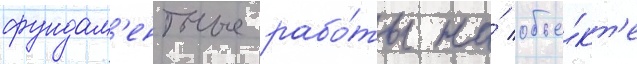
фундам'ентные рабо́ты на́ объе́кт'е